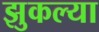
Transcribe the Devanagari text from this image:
झुकल्या